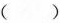
()